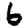
Digit: 6